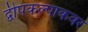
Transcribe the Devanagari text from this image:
द्वीपकल्पाकवर